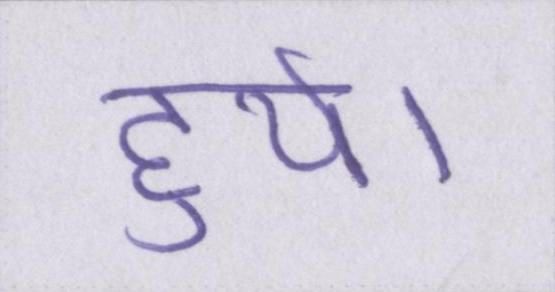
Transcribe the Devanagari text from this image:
हुये।